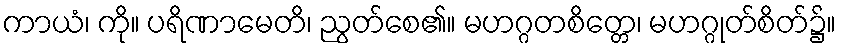
ကာယံ၊ ကို။ ပရိဏာမေတိ၊ ညွတ်စေ၏။ မဟဂ္ဂတစိတ္တေ၊ မဟဂ္ဂုတ်စိတ်၌။